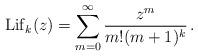
LaTeX: \begin{align*} {\rm Lif}_k(z)=\sum_{m=0}^\infty\frac{z^m}{m!(m+1)^k}\,. \end{align*}